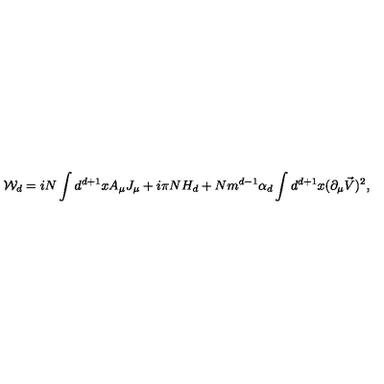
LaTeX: { \cal W } _ { d } = i N \int d ^ { d + 1 } x A _ { \mu } J _ { \mu } + i \pi N H _ { d } + N m ^ { d - 1 } \alpha _ { d } \int d ^ { d + 1 } x ( \partial _ { \mu } \vec { V } ) ^ { 2 } ,